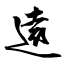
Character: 遠